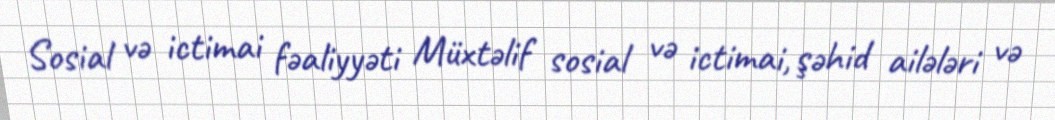
Sosial və ictimai fəaliyyəti Müxtəlif sosial və ictimai, şəhid ailələri və